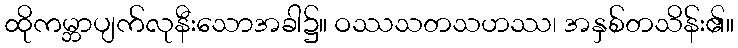
ထိုကမ္ဘာပျက်လုနီးသောအခါ၌။ ဝဿသတသဟဿ၊ အနှစ်တသိန်း၏။